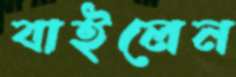
বাইলেন